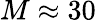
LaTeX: M\approx 30